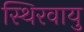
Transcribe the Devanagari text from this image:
स्थिरवायु